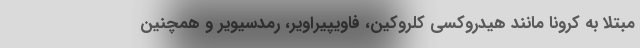
مبتلا به کرونا مانند هیدروکسی کلروکین، فاویپیراویر، رمدسیویر و همچنین